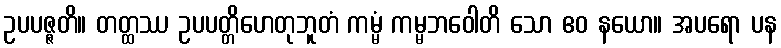
ဥပပဇ္ဇတိ။ တတ္ထဿ ဥပပတ္တိဟေတုဘူတံ ကမ္မံ ကမ္မဘဝေါတိ သော ဧဝ နယော။ အပရော ပန